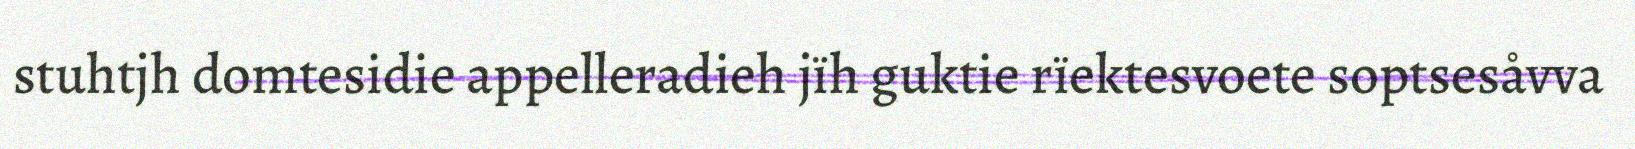
stuhtjh domtesidie appelleradieh jïh guktie rïektesvoete soptsesåvva